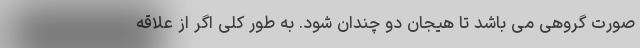
صورت گروهی می باشد تا هیجان دو چندان شود. به طور کلی اگر از علاقه